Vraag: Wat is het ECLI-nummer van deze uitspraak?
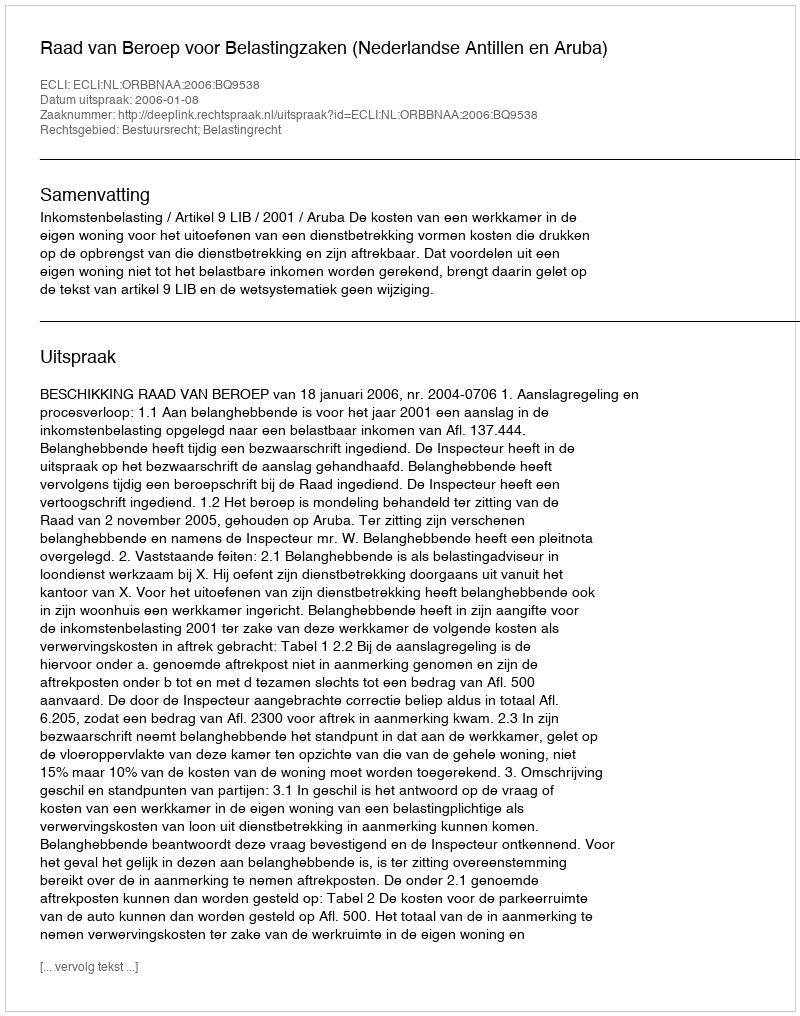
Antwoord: ECLI:NL:ORBBNAA:2006:BQ9538